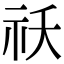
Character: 祅